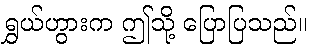
ရွှယ်ဟွားက ဤသို့ ပြောပြသည်။